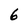
Character: 6